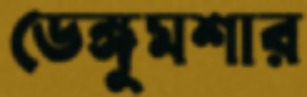
ডেঙ্গুমশার